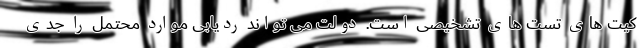
کیت های تست های تشخیصی است. دولت می تواند ردیابی موارد محتمل را جدی